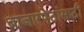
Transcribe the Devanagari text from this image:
बाजारपेठांसाठी